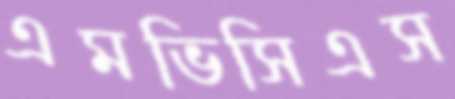
এমভিসিএস